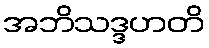
အဘိသဒ္ဒဟတိ